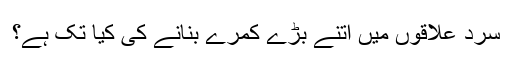
سرد علاقوں میں اتنے بڑے کمرے بنانے کی کیا تک ہے؟